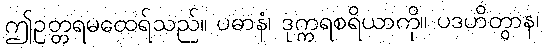
ဤဥတ္တရမထေရ်သည်။ ပဓာနံ၊ ဒုက္ကရစရိယာကို။ ပဒဟိတွာန၊